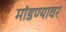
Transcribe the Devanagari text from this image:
मांडण्यावर